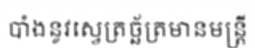
បាំងនូវស្វេត្រច្ឆ័ត្រមានមន្ត្រី